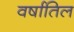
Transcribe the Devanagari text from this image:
वर्षातिल